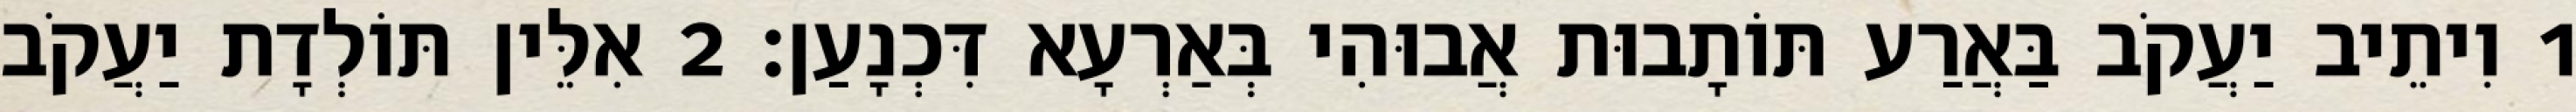
1 וִיתֵיב יַעֲקֹב בַּאֲרַע תּוֹתָבוּת אֲבוּהִי בְּאַרְעָא דִּכְנָעַן׃ 2 אִלֵּין תּוֹלְדָת יַעֲקֹב